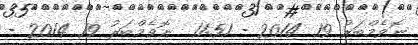
ނޮވެމްބަރު 19